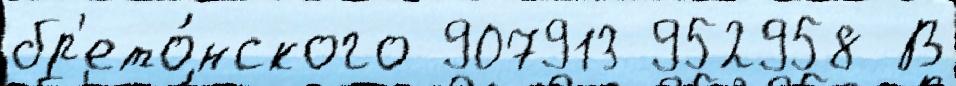
бр'ето́нского 907913 952958 В